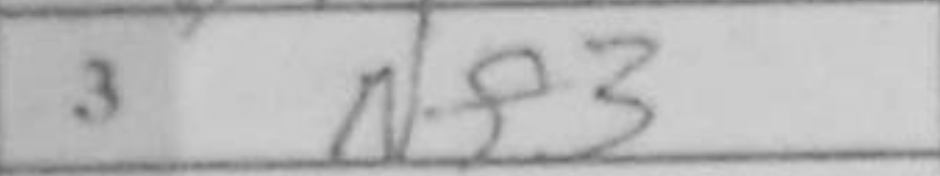
Transcription: Nf3